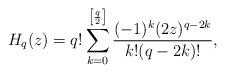
LaTeX: \begin{align*}H_q(z)=q!\sum_{k=0}^{\left[\frac q2\right]}\frac {(-1)^k(2z)^{q-2k}}{k!(q-2k)!},\end{align*}